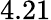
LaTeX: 4.21